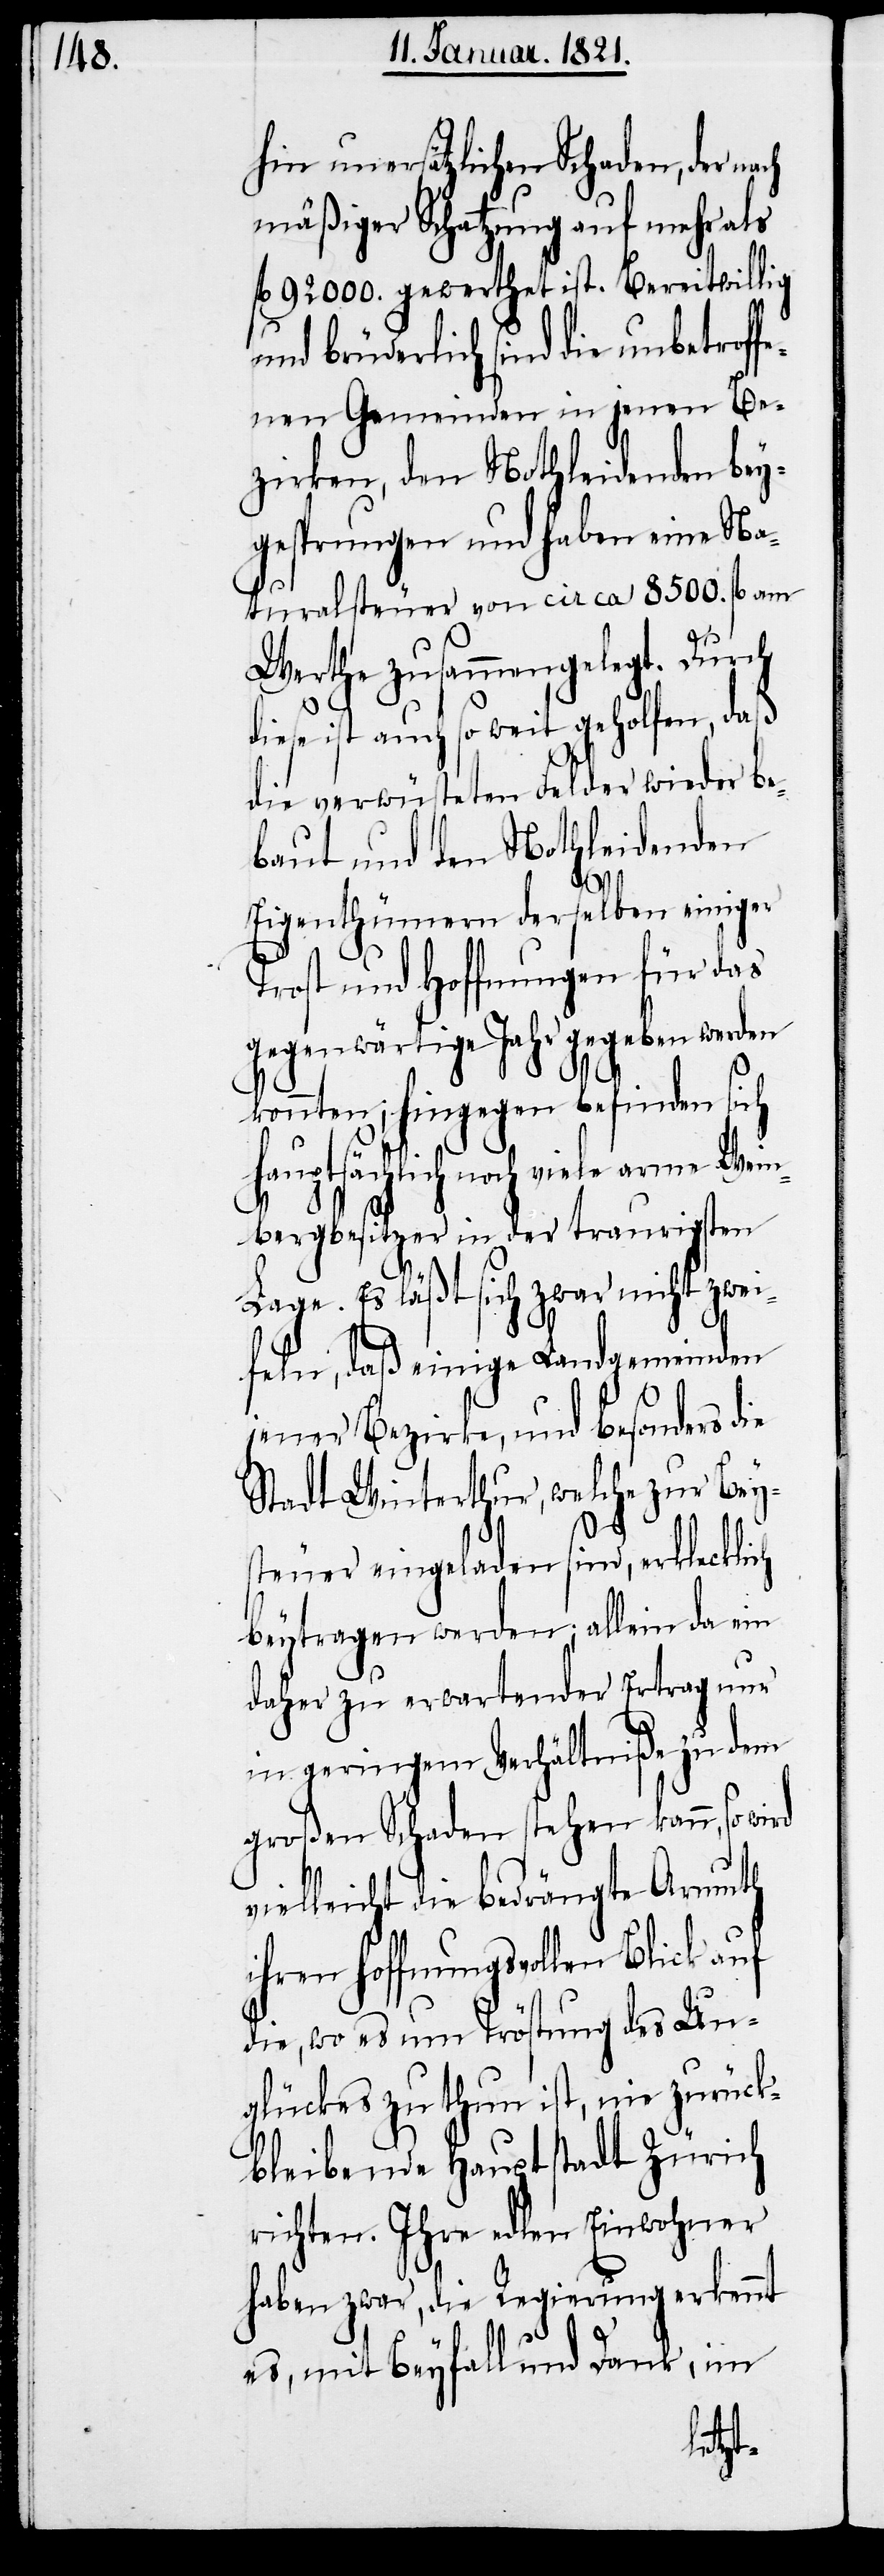
hin unersätzlichen Schaden, der nach
mäßiger Schatzung auf mehr als
fl. 92 000. gewerthet ist. Bereitwillig
und brüderlich sind die unbetrof¬
fenen Gemeinden in jenen Be¬
zirken, den Nothleidenden bey¬
gesprungen und haben eine Na¬
turalsteuer von circa 8500. fl. am
Werthe zusammengelegt. Durch
diese ist auch so weit geholfen, daß
die verwüsteten Felder wieder be¬
baut und den Nothleidenden
Eigenthümern derselben einiger
Trost und Hoffnungen für das
gegenwärtige Jahr gegeben werden
konnten; hingegen befinden sich
hauptsächlich noch viele arme Wein¬
bergbesitzer in der traurigsten
Lage. Es läßt sich zwar nicht zwei¬
feln, daß einige Landgemeinden
jener Bezirke, und besonders
Stadt Winterthur, welche zur Bey¬
steuer eingeladen sind, erklecklich
beytragen werden; allein da ein
daher zu erwartende Ertrag nur
in geringem Verhältniße zu dem
großen Schaden stehen kann, so
vielleicht die bedrängte Armuth
ihren hoffnungsvollen Blick auf
die, wo es um Tröstung des Un¬
glückes zu thun ist, nie zurück¬
bleibende Hauptstadt Zürich
richten. Ihre edlen Einwohner
haben zwar, die Regierung erkennt
es, mit Beyfall und Dank, im